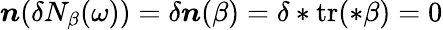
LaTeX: \boldsymbol{n}(\delta N_{\beta}(\omega))=\delta\boldsymbol{n}(\beta)=\delta\ast\mathrm{tr}(\ast\beta)=0